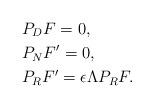
LaTeX: \begin{align*} &P_D F = 0,\\ &P_N F' = 0,\\ &P_R F' = \epsilon \Lambda P_R F.\end{align*}